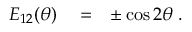
\begin{array} { r l r } { E _ { 1 2 } ( \theta ) } & { { } = } & { \pm \cos 2 \theta \; . } \end{array}